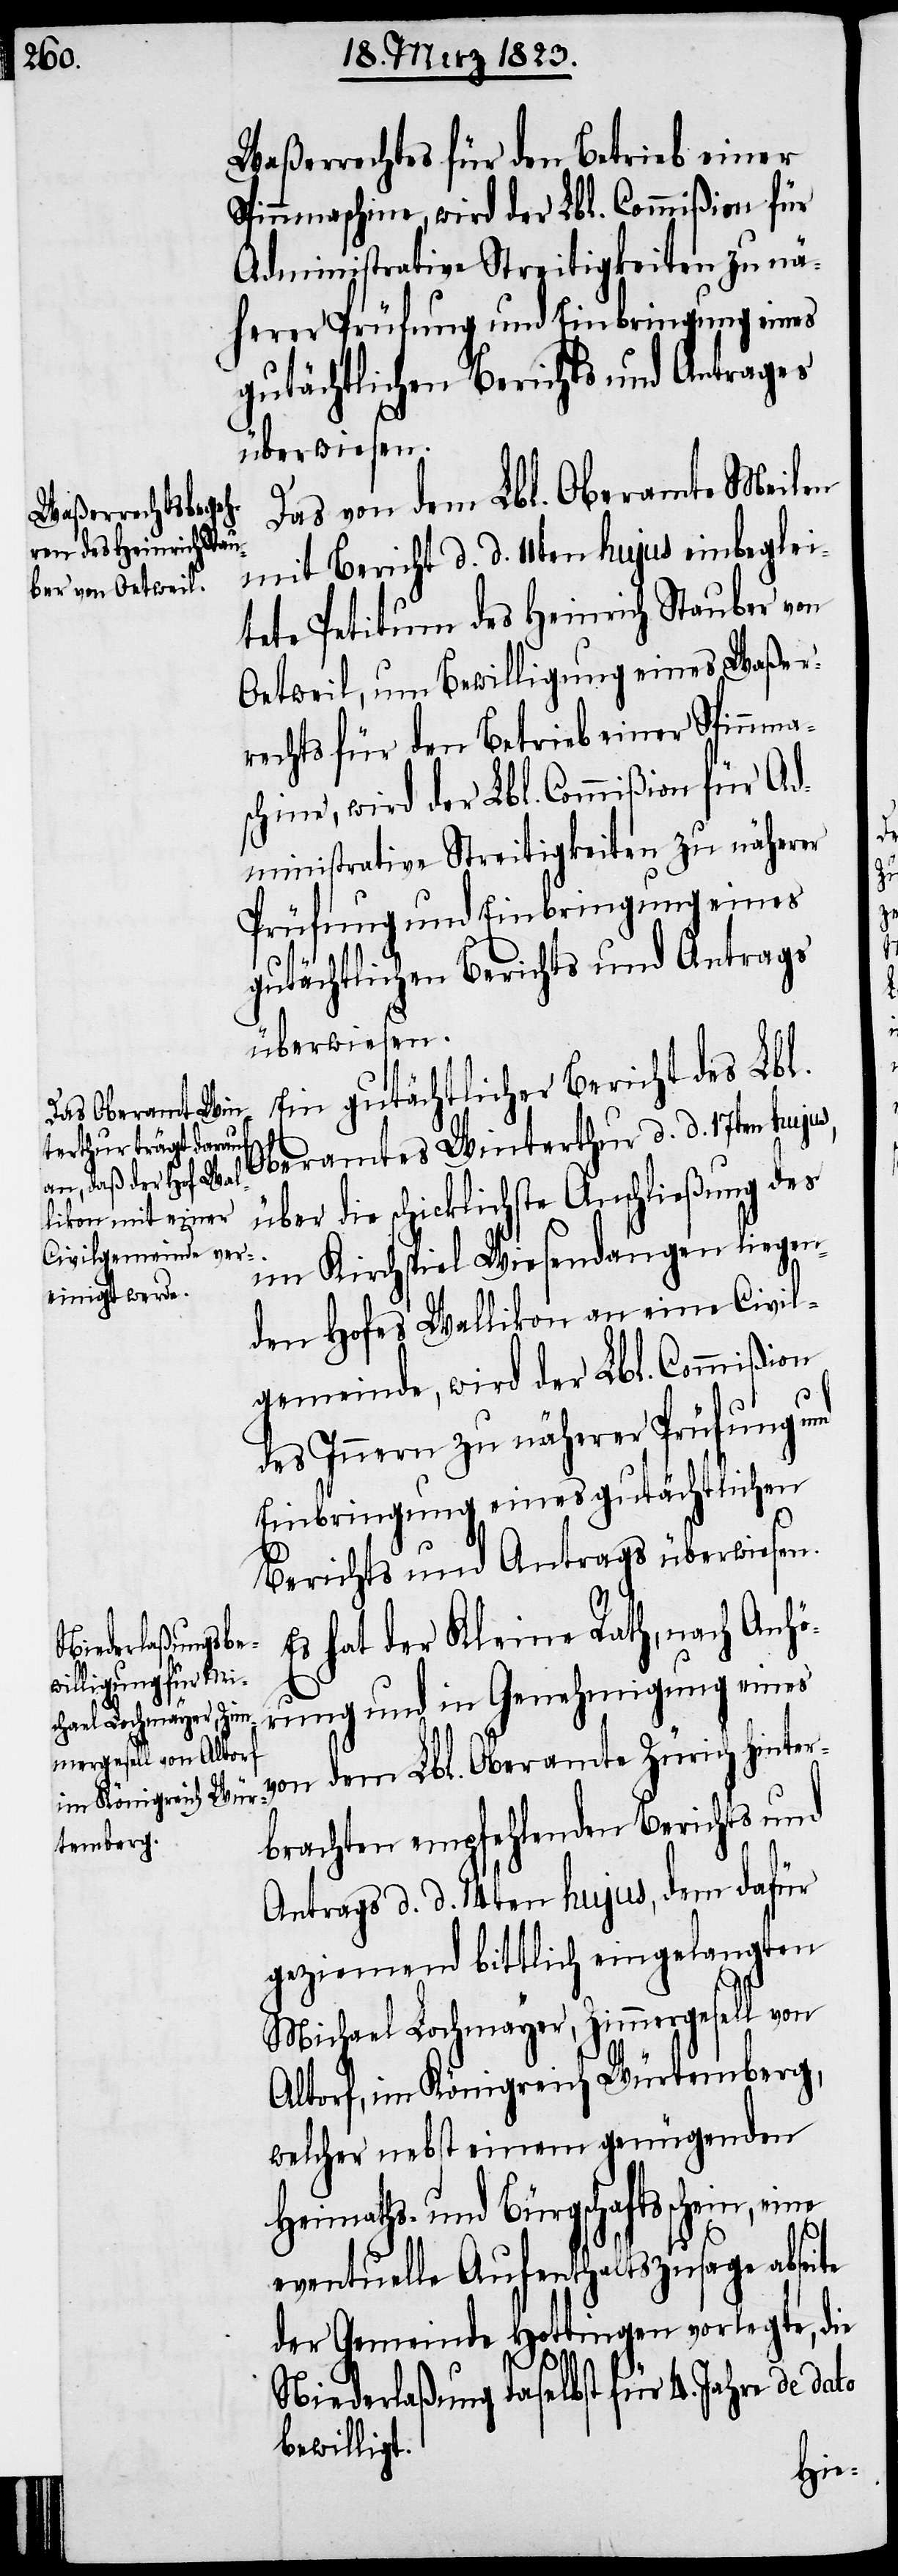
te

Waßerrechtes für den Betrieb einer
Spinnmaschine, wird der Lbl. Commißion für
Administrative Streitigkeiten zu nä¬
herer Prüfung und Einbringung eines
gutächtlichen Berichts und Antrages
überwiesen.
Das von dem Lbl. Oberamte Meilen
mit Bericht d. d. 11ten hujus einbeglei¬
tete Petitum des Heinrich Stauber von
Oetweil, um Bewilligung eines Waßer¬
rechts für den Betrieb einer Spinnmas¬
chine, wird der Lbl. Commißion für Ad¬
ministrative Streitigkeiten zu näherer
Prüfung und Einbringung eines
gutächtlichen Berichts und Antrags
überwiesen.
Ein gutächtlicher Bericht des Lbl.
Oberamtes Winterthur d. d. 17ten huju¬
die schicklichste Anschließung des
im Kirchspiel Wiesendangen liegen¬
den Hofes Wallikon an eine Civil¬
gemeinde, wird der Lbl. Commißion
des Innern zu näherer Prüfung und
Einbringung eines gutächtlichen
Berichts und Antrags überwiesen.
Es hat der Kleine Rath, nach Anhö¬
rung und in Genehmigung eines
von dem Lbl. Oberamte Zürich hinter¬
brachten empfehlenden Berichts und
Antrags d. d. 14ten hujus, dem dafür
geziemend bittlich eingelangten
Michael Lochmayer, Zimmergesell von
Altorf, im Königreich Würtemberg,
welcher nebst einem genügenden
Heimaths- und Bürgschaftsschein,
eventuelle Aufenthaltszusage absei¬
der Gemeinde Hottingen vorlegte, die
Niederlaßung daselbst für 4. Jahre de dato
bewilligt